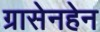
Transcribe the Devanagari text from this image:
ग्रासेनहेन